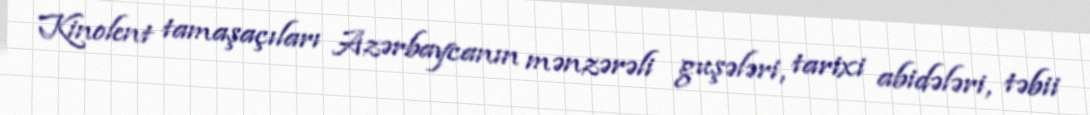
Kinolent tamaşaçıları Azərbaycanın mənzərəli guşələri, tarixi abidələri, təbii